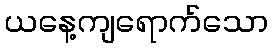
ယနေ့ကျရောက်သော